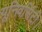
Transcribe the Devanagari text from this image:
यूनिवर्सिटी।